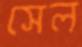
সেল